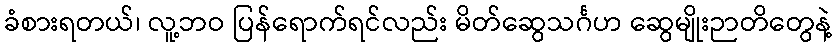
ခံစားရတယ်၊ လူ့ဘဝ ပြန်ရောက်ရင်လည်း မိတ်ဆွေသင်္ဂဟ ဆွေမျိုးဉာတိတွေနဲ့